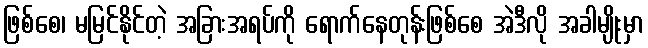
ဖြစ်စေ၊ မမြင်နိုင်တဲ့ အခြားအရပ်ကို ရောက်နေတုန်းဖြစ်စေ အဲဒီလို အခါမျိုးမှာ